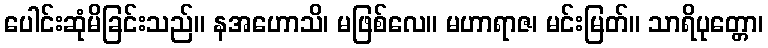
ပေါင်းဆုံမိခြင်းသည်။ နအဟောသိ၊ မဖြစ်လေ။ မဟာရာဇ၊ မင်းမြတ်။ သာရိပုတ္တော၊